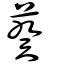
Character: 葵